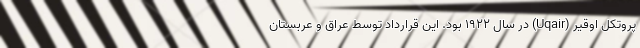
پروتکل اوقیر (Uqair) در سال ۱۹۲۲ بود. این قرارداد توسط عراق و عربستان